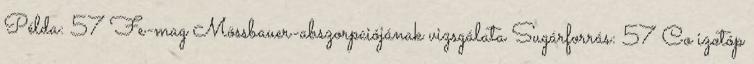
Példa: 57 Fe-mag Mössbauer-abszorpciójának vizsgálata Sugárforrás: 57 Co izotóp